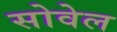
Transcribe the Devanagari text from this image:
सोवेल